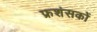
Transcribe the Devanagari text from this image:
फ्रशंसकों